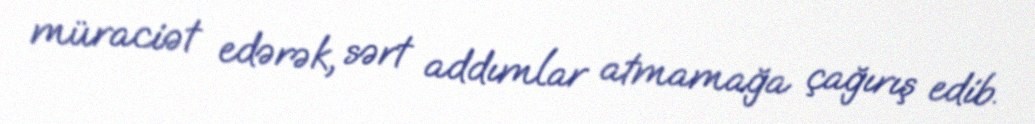
müraciət edərək, sərt addımlar atmamağa çağırış edib.